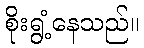
စိုးရွံ့နေသည်။